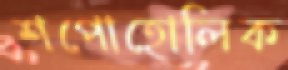
শপোহোলিক